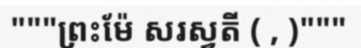
"""ព្រះម៉ែ សរស្វតី ( , )"""